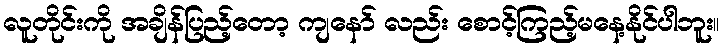
လူတိုင်းကို အချိန်ပြည့်တော့ ကျနော် လည်း စောင့်ကြည့်မနေ့နိုင်ပါဘူး။